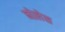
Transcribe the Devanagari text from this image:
नोलेस